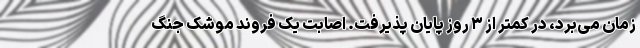
زمان می‌برد، در کمتر از ۳ روز پایان پذیرفت. اصابت یک فروند موشک جنگ